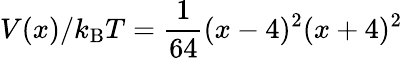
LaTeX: V(x)/k_{\mathrm{B}}T=\frac{1}{64}(x-4)^{2}(x+4)^{2}